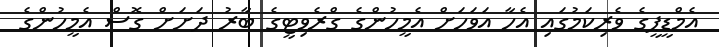
އެމްޑީޕީގެ ވެރިކަމުގައި އެހާ އަވަހަށް އެމީހުންގެ ގްރެވިޓީގެ ބާރު ދަށަށް ގޮސް އެމީހުންގެ